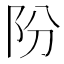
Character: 𨸣